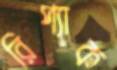
রিপ্যাক